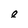
Character: e